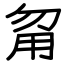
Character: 甮